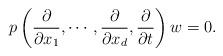
LaTeX: \begin{align*}p\left(\frac{\partial}{\partial x_1}, \cdots, \frac{\partial}{\partial x_d}, \frac{\partial}{\partial t}\right) w=0.\end{align*}